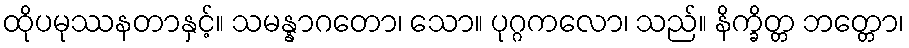
ထိုပမုဿနတာနှင့်။ သမန္နာဂတော၊ သော။ ပုဂ္ဂကလော၊ သည်။ နိက္ခိတ္တ ဘတ္တော၊